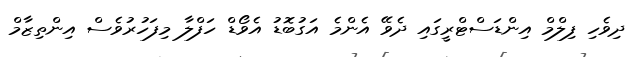
ދިވެހި ފިލްމް އިންޑަސްޓްރީގައި ދެވޭ އެންމެ އަގުބޮޑު އެވޯޑް ހަފްލާ މިފަހުރުވެސް އިންތިޒާމް